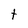
Character: t